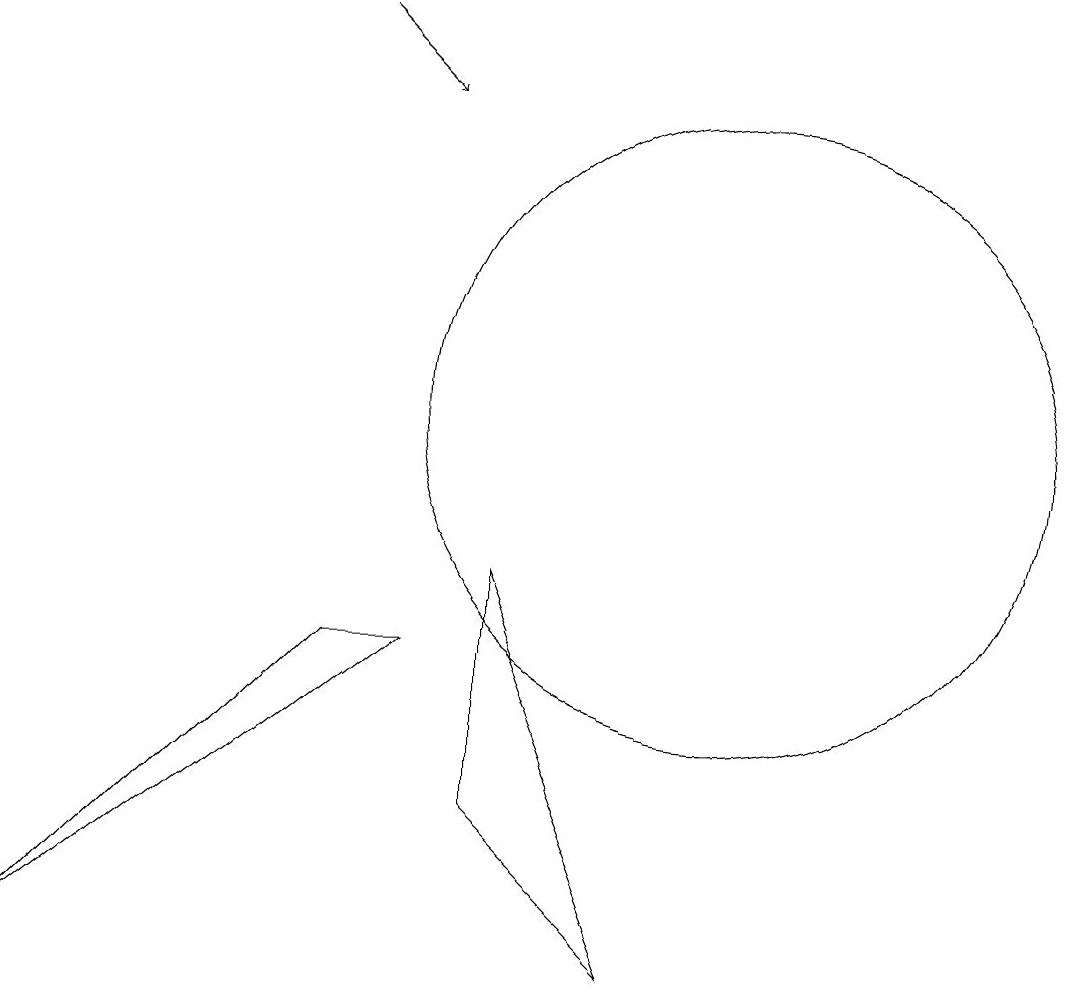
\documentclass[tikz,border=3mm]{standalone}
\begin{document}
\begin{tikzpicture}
\draw (10,10) circle (4);
\draw (7,8) -- (9,3) -- (7,5) -- cycle;
\draw (12,11) circle (0);
\draw (6,7) -- (1,3) -- (5,7) -- cycle;
\draw (12,11) circle (0);
\draw[->] (5,15) -- (6,14);
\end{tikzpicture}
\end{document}